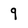
Character: 9